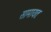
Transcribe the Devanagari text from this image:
सामायतः